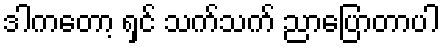
ဒါကတော့ ရှင် သက်သက် ညာပြောတာပါ